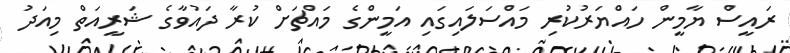
ރައީސް ޔާމީން ހައްޔަރުކުރި މައްސަލައިގައި އަމީންގެ މައްޗަށް ކުރާ ދައުވާގެ ޝަރީއަތް މިއަދު